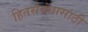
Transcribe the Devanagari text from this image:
हितसंबंधासाठी